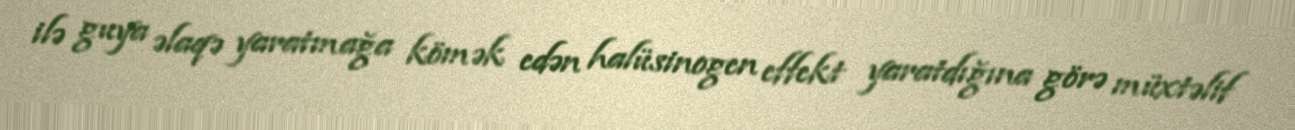
ilə guya əlaqə yaratmağa kömək edən halüsinogen effekt yaratdığına görə müxtəlif